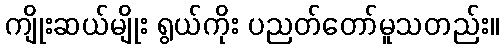
ကျိုးဆယ်မျိုး ရွယ်ကိုး ပညတ်တော်မူသတည်း။